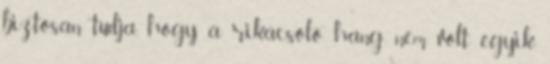
biztosan tudja, hogy a rikácsoló hang nem volt egyik